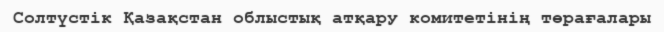
Солтүстік Қазақстан облыстық атқару комитетінің төрағалары